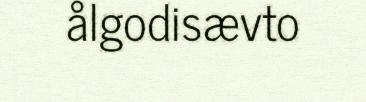
ålgodisævto